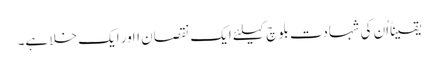
یقیناًاُن کی شہادت بلوچ کیلئے ایک نقصان ااور ایک خلا ہے۔